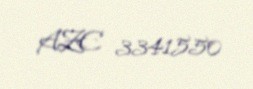
AZE 3341550